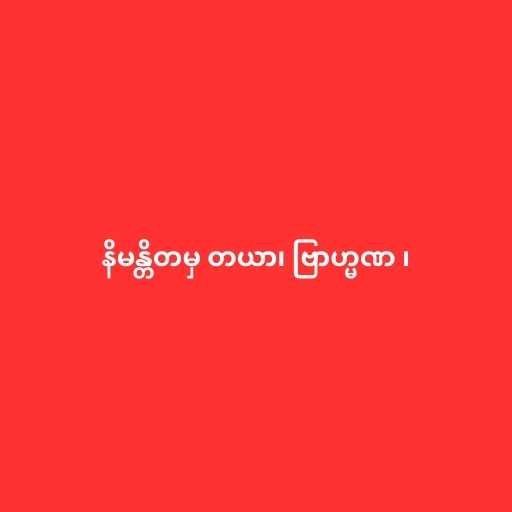
နိမန္တိတမှ တယာ၊ ဗြာဟ္မဏ ၊